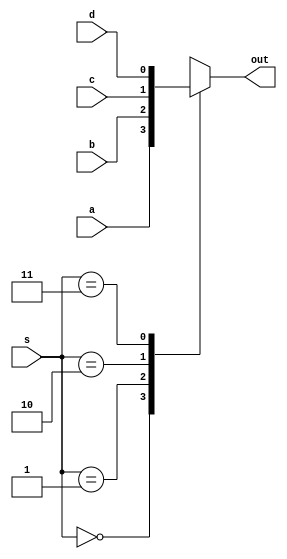
module mux4_1(output reg out, input wire a, b, c, d, input wire[1:0] s);
    always@(s or a or b or c or d)
        case(s)
            2'b00: out = a;
            2'b01: out = b;
            2'b10: out = c;
            2'b11: out = d;
            default: out = 0;
        endcase
endmodule